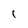
Character: 1